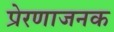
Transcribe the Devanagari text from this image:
प्रेरणाजनक